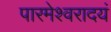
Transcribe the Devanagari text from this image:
पारमेश्वरादयं